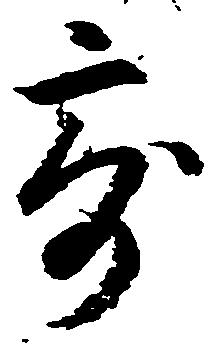
寄